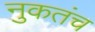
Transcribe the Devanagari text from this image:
नुकतंच